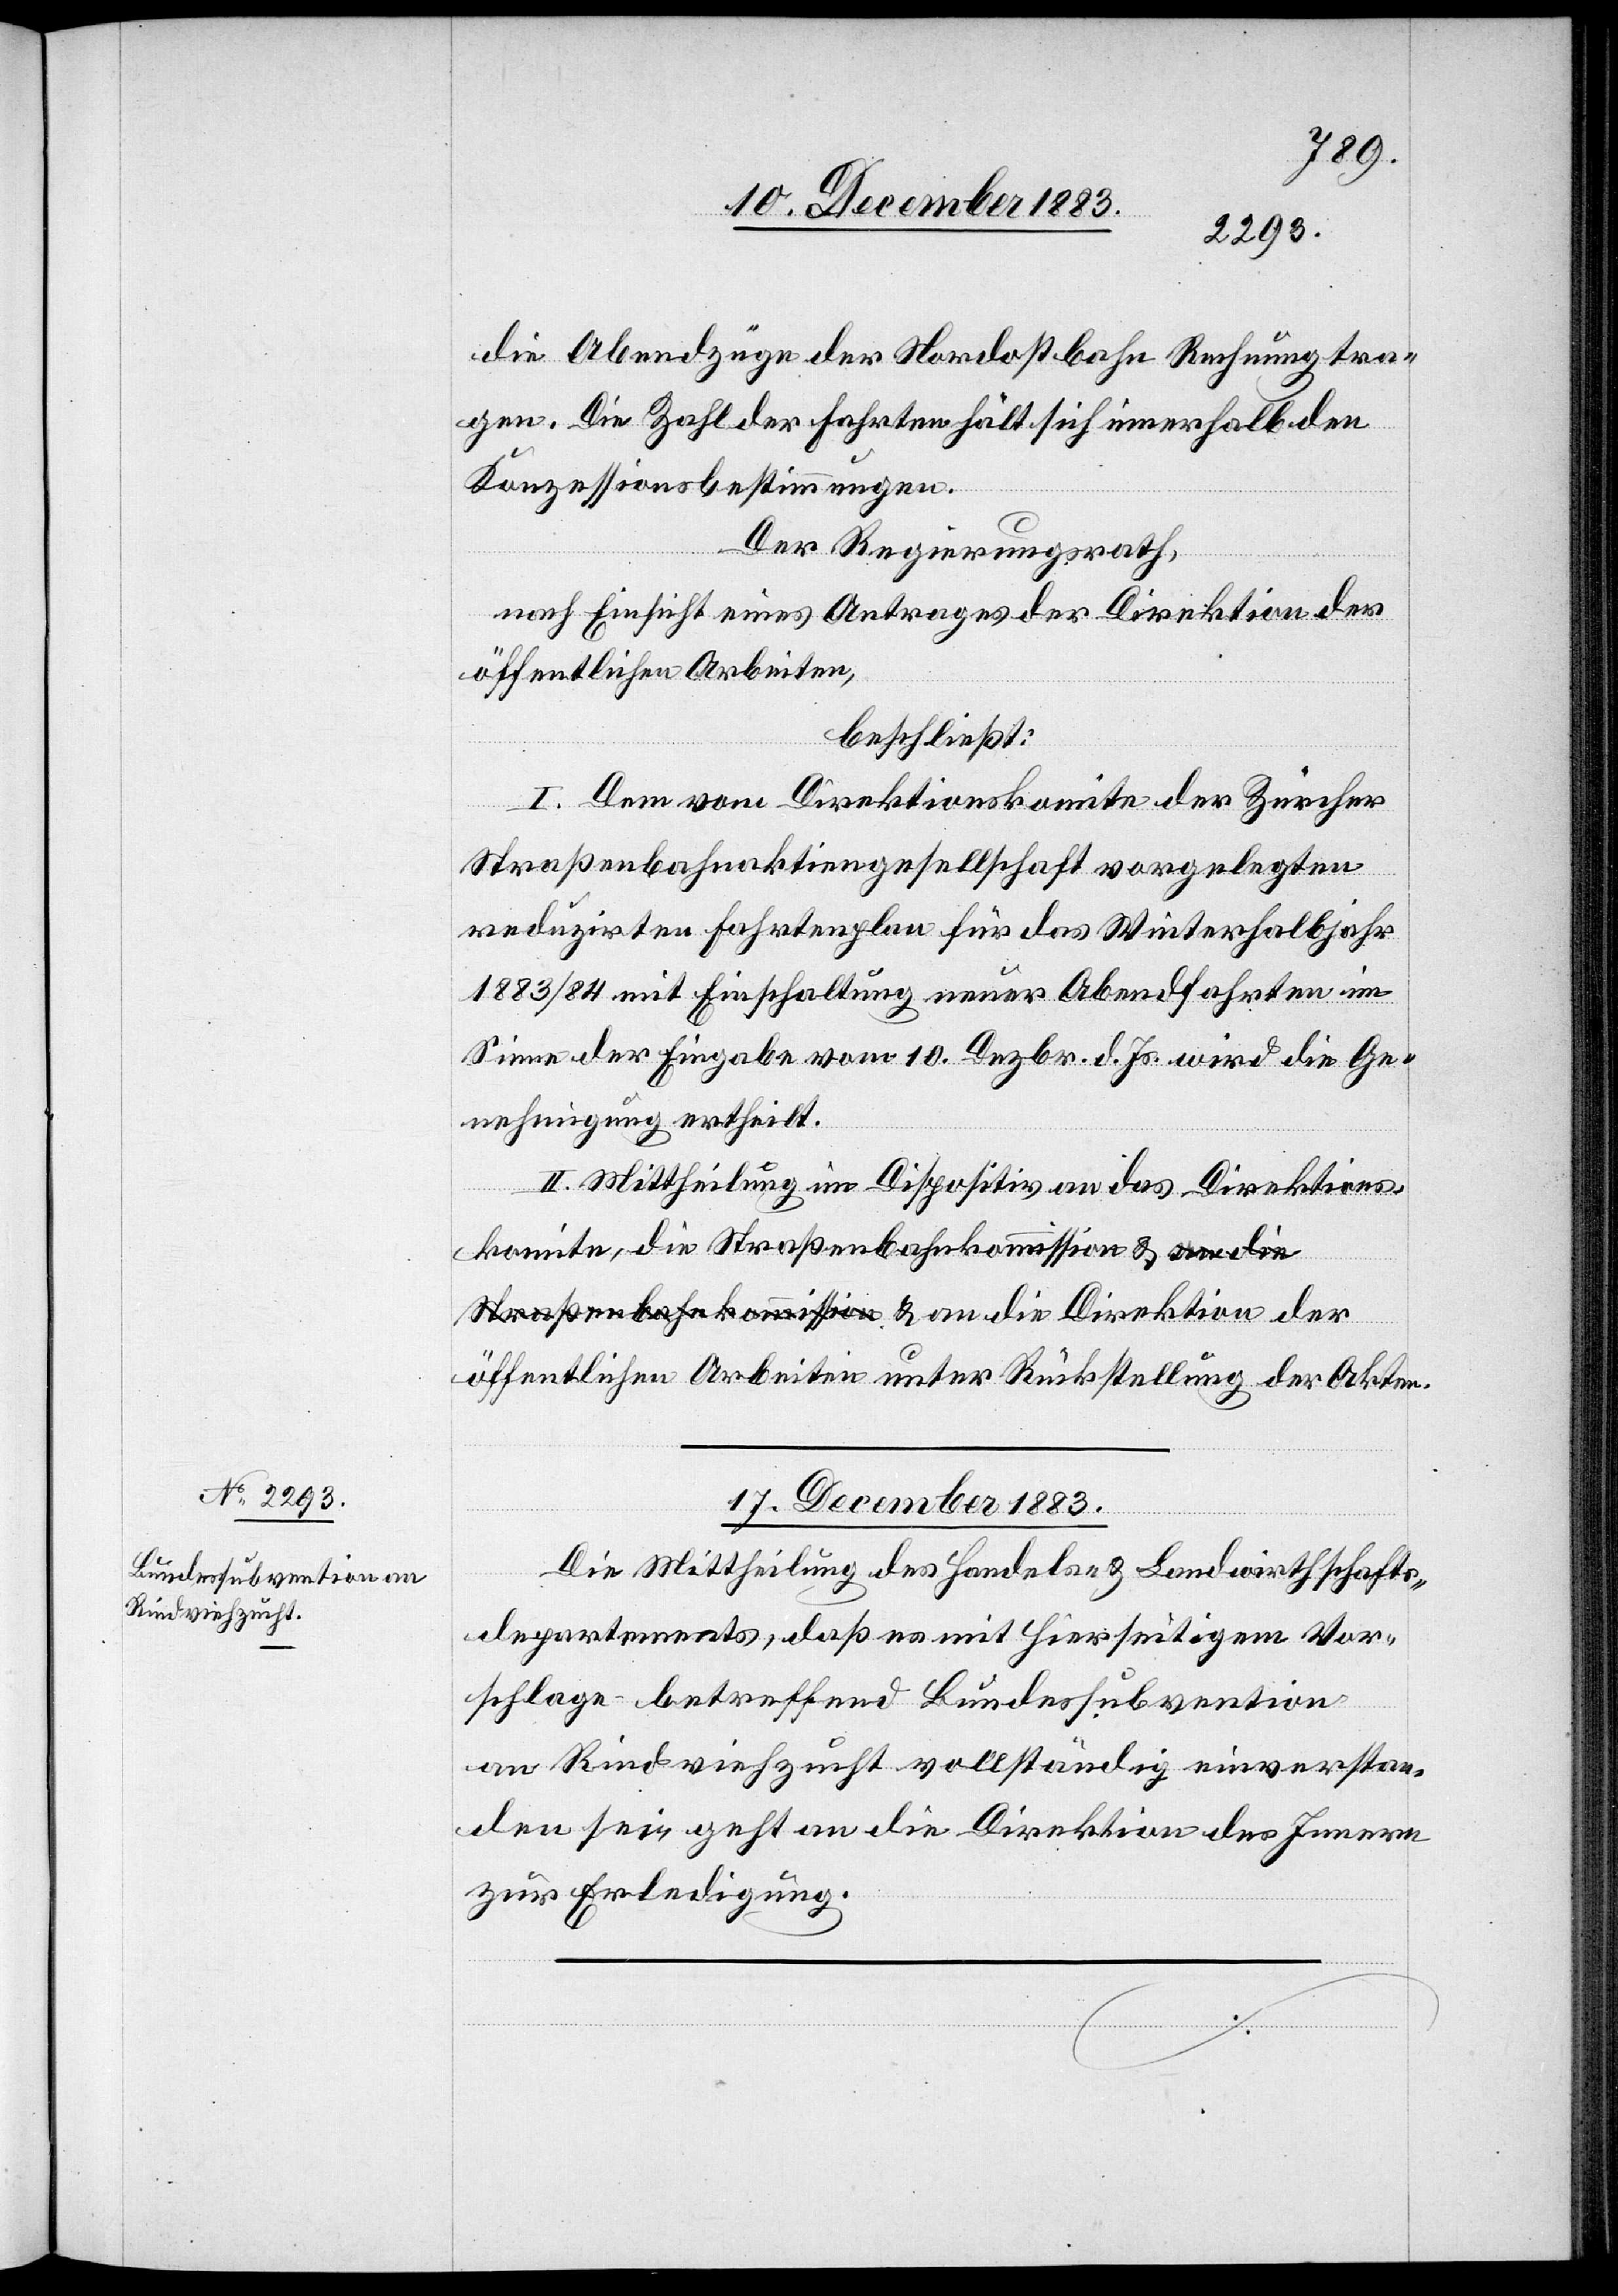
die Abendzüge der Nordostbahn Rechnung tra¬
gen. Die Zahl der Fahrten hält sich innerhalb den
Konzessionsbestimmungen.
Der Regierungsrath,
nach Einsicht eines Antrages der Direktion der
öffentlichen Arbeiten,
beschließt:
I. Dem vom Direktionskomite der Zürcher
Straßenbahnaktiengesellschaft vorgelegten
reduzirten Fahrtenplan für das Winterhalbjahr
1883/84 mit Einschaltung neuer Abendfahrten im
Sinne der Eingabe vom 10. Dezbr. d. Js. wird die Ge¬
nehmigung ertheilt.
II. Mittheilung im Dispositiv an das Direktions¬
komite, die Straßenbahnkommission & &
öffentlichen Arbeiten unter Rückstellung der Akten.
17. December 1883.
Die Mittheilung des Handels- & Landwirthschafts¬
departements, daß es mit hierseitigem Vor¬
schlage betreffend Bundessubvention
an Rindviehzucht vollständig einverstan¬
den sei, geht an die Direktion des Innern
zur Erledigung.
an die Direktion der